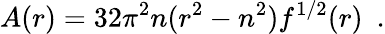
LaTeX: A(r)=32\pi^{2}n(r^{2}-n^{2})f^{1/2}(r)~~.